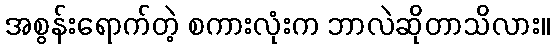
အစွန်းရောက်တဲ့ စကားလုံးက ဘာလဲဆိုတာသိလား။